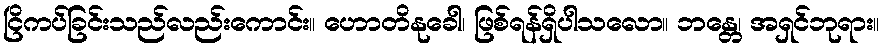
ငြိကပ်ခြင်းသည်လည်းကောင်း။ ဟောတိနုခေါ၊ ဖြစ်ရန်ရှိပါသလော။ ဘန္တေ၊ အရှင်ဘုရား။